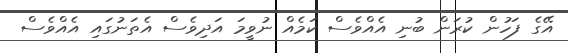
އޭގެ ފަހުން ކުރަން ބުނި އެއްވެސް ކަމެއް ނުވީމަ އަދިވެސް އެތަނުގައި އެއްވެސް